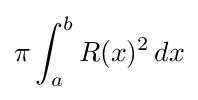
\pi \int _{a}^{b}R(x)^{2}\,dx